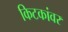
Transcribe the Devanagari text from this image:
किटकांवर